Medical and sanitary report on the native army of Bombay for the year
Year: 1877
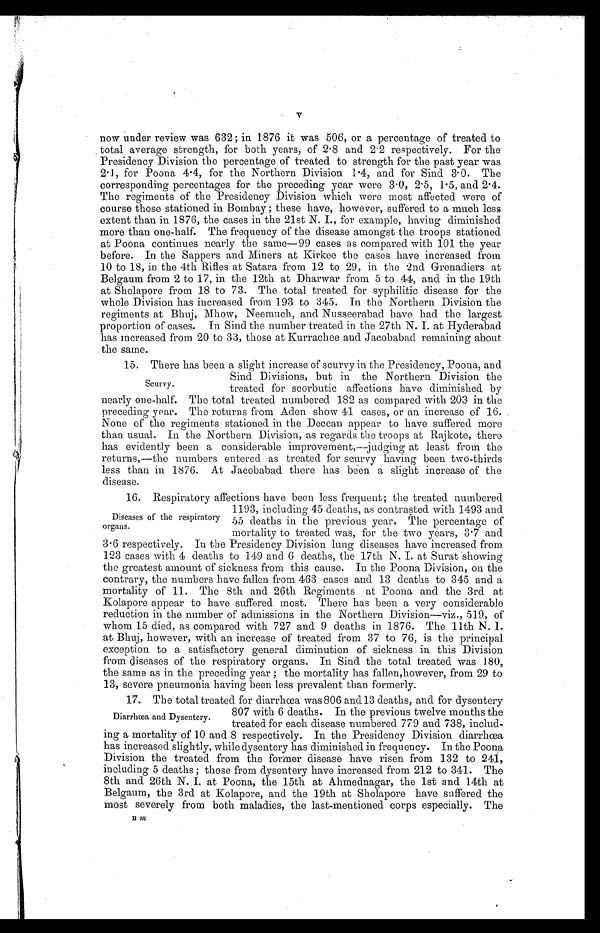
V
now under review was 632; in 1876 it was 506, or a percentage of treated to
total average strength, for both years, of 2.8 and 2.2 respectively. For the
Presidency Division the percentage of treated to strength for the past year was
2.1, for Poona 4.4, for the Northern Division 1.4, and for Sind 3.0. The
corresponding percentages for the preceding year were 3.0, 2.5, 1.5, and 2.4.
The regiments of the Presidency Division which were most affected were of
course those stationed in Bombay; these have, however, suffered to a much less
extent than in 1876, the cases in the 21st N. I., for example, having diminished
more than one-half. The frequency of the disease amongst the troops stationed
at Poona continues nearly the same—99 cases as compared with 101 the year
before. In the Sappers and Miners at Kirkee the cases have increased from
10 to 18, in the 4th Rifles at Satara from 12 to 29, in the 2nd Grenadiers at
Belgaum from 2 to 17, in the 12th at Dharwar from 5 to 44, and in the 19th
at Sholapore from 18 to 73. The total treated for syphilitic disease for the
whole Division has increased from 193 to 345. In the Northern Division the
regiments at Bhuj, Mhow, Neemuch, and Nusseerabad have had the largest
proportion of cases. In Sind the number treated in the 27th N. I. at Hyderabad
has increased from 20 to 33, those at Kurrachee and Jacobabad remaining about
the same.
15. There has been a slight increase of scurvy in the Presidency, Poona, and
Sind Divisions, but in the Northern Division the
treated for scorbutic affections have diminished by
nearly one-half. The total treated numbered 182 as compared with 203 in the
preceding year. The returns from Aden show 41 cases, or an increase of 16.
None of the regiments stationed in the Deccan appear to have suffered more
than usual. In the Northern Division, as regards the troops at Rajkote, there
has evidently been a considerable improvement,—judging at least from the
returns,—the numbers entered as treated for scurvy having been two-thirds
less than in 1876. At Jacobabad there has been a slight increase of the
d i s e a s e .
16. Respiratory affections have been less frequent; the treated numbered
1193, including 45 deaths, as contrasted with 1493 and
55 deaths in the previous year. The percentage of
mortality to treated was, for the two years, 3.7 and
3.6 respectively. In the Presidency Division lung diseases have increased from
123 cases with 4 deaths to 149 and 6 deaths, the 17th N. I. at Surat showing
the greatest amount of sickness from this cause. In the Poona Division, on the
contrary, the numbers have fallen from 463 cases and 13 deaths to 345 and a
mortality of 11. The 8th and 26th Regiments at Poona and the 3rd at
Kolapore appear to have suffered most. There has been a very considerable
reduction in the number of admissions in the Northern Division—viz., 519., of
whom 15 died, as compared with 727 and 9 deaths in 1876. The 11th N. I.
at Bhuj, however, with an increase of treated from 37 to 76, is the principal
exception to a satisfactory general diminution of sickness in this Division
from diseases of the respiratory organs. In Sind the total treated was 180,
the same as in the preceding year; the mortality has fallen, however, from 29 to
13, severe pneumonia having been less prevalent than formerly.
17. The total treated for diarrhœa was 806 and 13 deaths, and for dysentery
807 with 6 deaths. In the previous twelve months the
treated for each disease numbered 779 and 738, includ
- i n g a m o r t a l i t y o f 1 0 a n d 8 r e s p e c t i v e l y . I n t h e P r e s i d e n c y D i v i s i o n d i a r r h œ a
has increased slightly, while dysentery has diminished in frequency. In the Poona
Division the treated from the former disease have risen from 132 to 241,
including 5 deaths; those from dysentery have increased from 212 to 341. The
8th and 26th N. I. at Poona, the 15th at Ahmednagar, the 1st and 14th at
Belgaum, the 3rd at Kolapore, and the 19th at Sholapore have suffered the
most severely from both maladies, the last-mentioned corps especially. The
Scurvy.
Diseases of the respiratory
organs.
Diarrhœa and Dysentery.
Bm